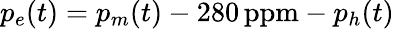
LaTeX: p_{e}(t)=p_{m}(t)-280\, \mathrm{ppm}-p_{h}(t)